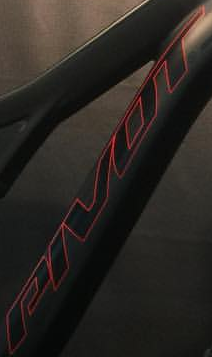
PIVOT